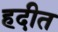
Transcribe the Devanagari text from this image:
हदीत